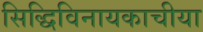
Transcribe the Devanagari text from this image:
सिद्धिविनायकाचीया